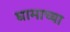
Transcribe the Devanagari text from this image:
घामाच्या